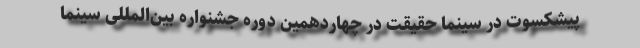
پیشکسوت در سینما حقیقت در چهاردهمین دوره جشنواره بین‌المللی سینما